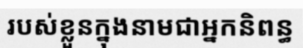
របស់ខ្លួនក្នុងនាមជាអ្នកនិពន្ធ